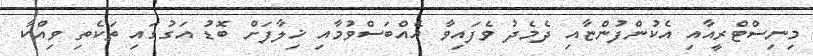
މިނިސްޓްރީއާއި އެކުންފުންޏާއި ދެމެދު ވެފައިވާ އެއްބަސްވުމާއި ޚިލާފަށް ބޮޑު އަގުގައި ތަކެތި ވިއްކާ